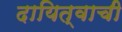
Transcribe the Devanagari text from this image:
दायित्वाची